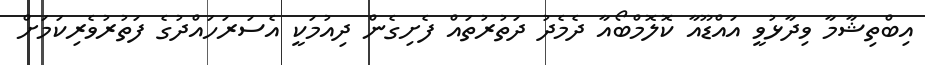
އިބްތިޝާމާ ވިދާޅުވީ އައްޑޫއާ ކޮލޮމްބޯއާ ދެމެދު ދަތުރުތައް ފެށިގެން ދިއުމަކީ އެސަރަހައްދުގެ ފަތުރުވެރިކަމަށް